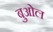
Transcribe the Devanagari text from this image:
बुओल